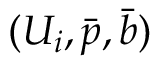
( U _ { i } , \bar { p } , \bar { b } )